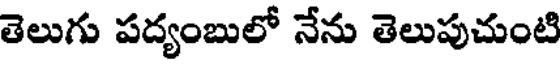
తెలుగు పద్యంబులో నేను తెలుపుచుంటి